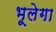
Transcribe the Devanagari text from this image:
भूलेगा